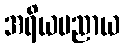
အရိယပညာယ